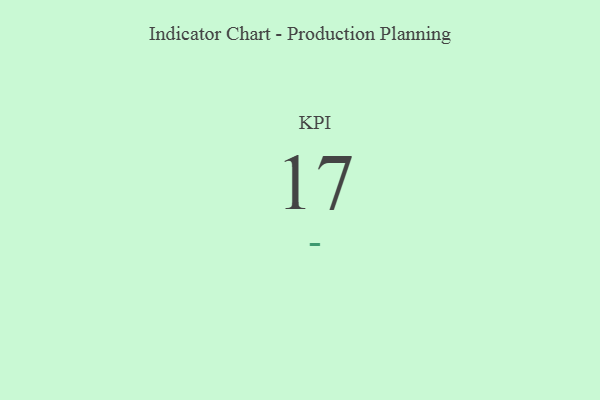
{"axis": {"x": "KPI", "y": "Value"}, "legend": [""], "data": [{"x": "KPI", "y": 17, "type": ""}]}